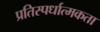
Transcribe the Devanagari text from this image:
प्रतिस्‍पर्धात्‍मकता